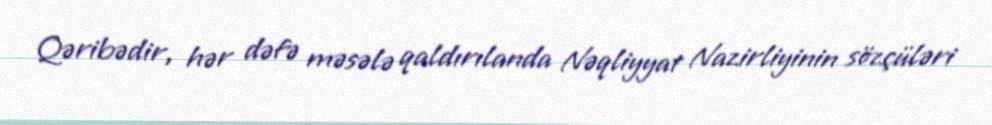
Qəribədir, hər dəfə məsələ qaldırılanda Nəqliyyat Nazirliyinin sözçüləri